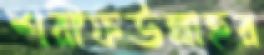
শরীফউল্লাহর